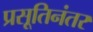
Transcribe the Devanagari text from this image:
प्रसूतिनंतर